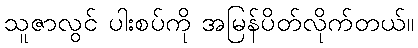
သူဇာလွင် ပါးစပ်ကို အမြန်ပိတ်လိုက်တယ်။